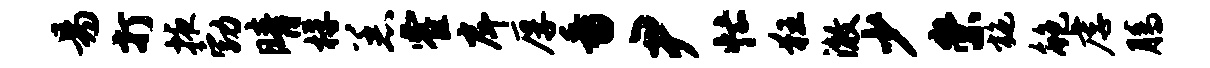
易打掖勃晴桴恙霍戽厚番尹忙狂澈少崇施鲍虐腾